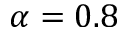
\alpha = 0 . 8